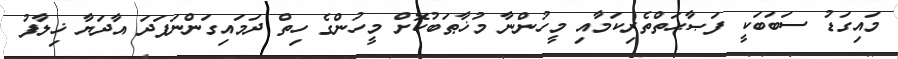
މައިގަޑު ސަބަބަކީ ފަޞާޙަތްތެރިކަމާއި މީހުންނާ މުޚާޠަބުކޮށް މީހުންގެ ހިތް ދަމައިގަންނަފަދަ އާދަޔާ ޚިލާފު